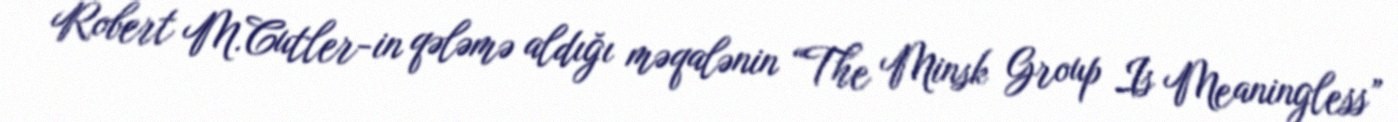
Robert M.Cutler-in qələmə aldığı məqalənin “The Minsk Group Is Meaningless”